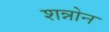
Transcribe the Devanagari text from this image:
शन्नोन